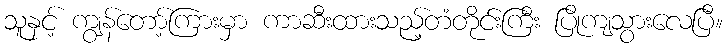
သူနှင့် ကျွန်တော့်ကြားမှာ ကာဆီးထားသည့်တံတိုင်းကြီး ပြိုကျသွားလေပြီ။